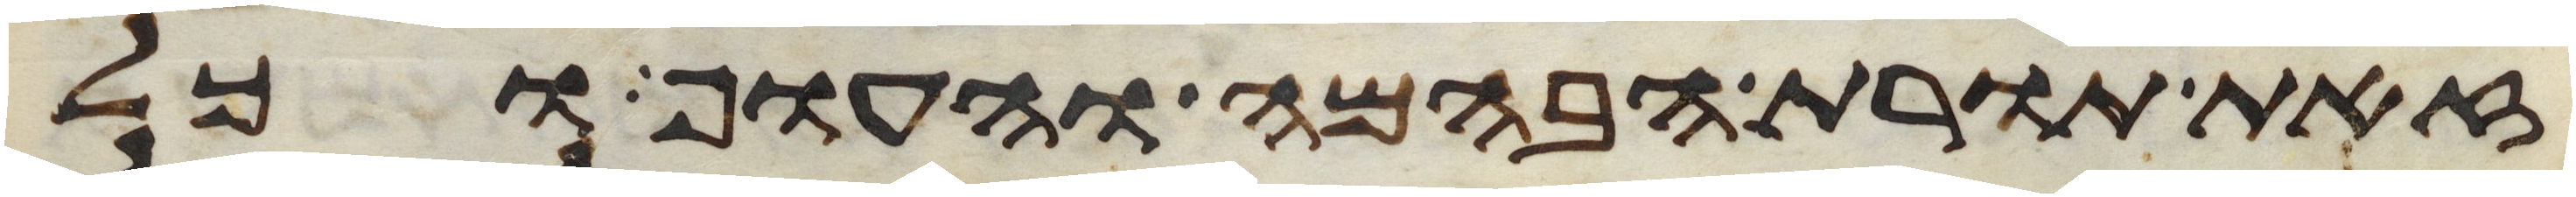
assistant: זאת תורת הבהמה והעוף וכל